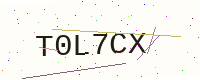
Text: T0L7CX